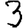
Digit: 3